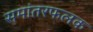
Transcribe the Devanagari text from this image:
समांतरफलक